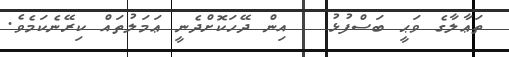
ތަޢާލާގެ ވަޙީ ބަސްފުޅު   އިން ދޭހަކޮށްދެނީ ޢަމަލުތައް ކިރޭނެކަމެވެ.